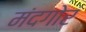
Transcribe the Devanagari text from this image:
मंदगोर